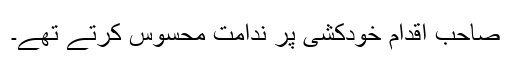
صاحب اقدام خودکشی پر ندامت محسوس کرتے تھے۔